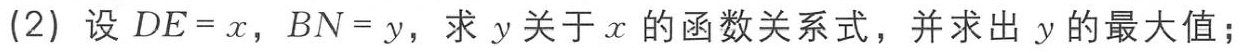
(2) 设 \(DE = x\)，\(BN = y\)，求 \(y\) 关于 \(x\) 的函数关系式，并求出 \(y\) 的最大值；